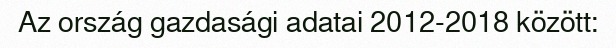
Az ország gazdasági adatai 2012-2018 között: